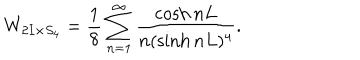
W _ { 2 I \times S _ { 4 } } = \frac { 1 } { 8 } \sum _ { n = 1 } ^ { \infty } \frac { \cosh n L } { n ( \sinh n L ) ^ { 4 } } .